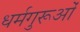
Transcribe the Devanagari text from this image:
धर्मगुरूओं